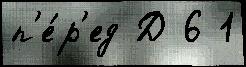
п'е́р'ед Д 6 1